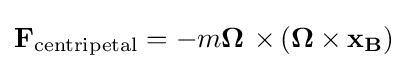
\mathbf {F} _{\mathrm {centripetal} }=-m\mathbf {\Omega \ \times } \left(\mathbf {\Omega \times x_{B}} \right)\